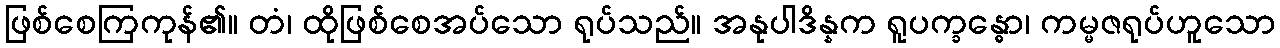
ဖြစ်စေကြကုန်၏။ တံ၊ ထိုဖြစ်စေအပ်သော ရုပ်သည်။ အနုပါဒိန္နက ရူပက္ခန္ဓော၊ ကမ္မဇရုပ်ဟူသော